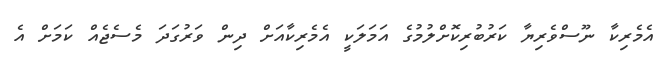
އެމެރިކާ ނޫސްވެރިޔާ ކަރުބުރިކޮށްލުމުގެ އަމަލަކީ އެމެރިކާއަށް ދިން ވަރުގަދަ މެސެޖެއް ކަމަށް އެ